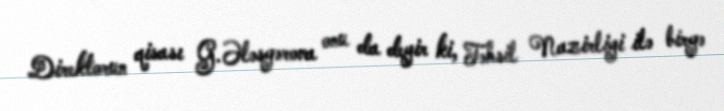
Direktorun qisası G.Ələsgərova onu da deyir ki, Təhsil Nazirliyi ilə birgə